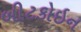
બીટકોઇન